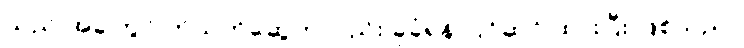
သည် အခါတွင် ကိုသက်ဆွေကလည်း ခုခံရန် ပြင်ဆင် ထားပြီး ဖြစ်သည်။